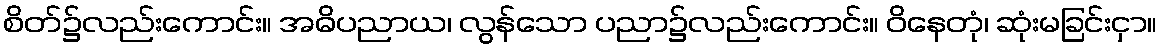
စိတ်၌လည်းကောင်း။ အဓိပညာယ၊ လွန်သော ပညာ၌လည်းကောင်း။ ဝိနေတုံ၊ ဆုံးမခြင်းငှာ။